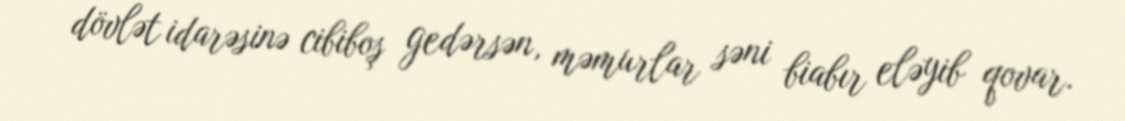
dövlət idarəsinə cibiboş gedərsən, məmurlar səni biabır eləyib qovar.